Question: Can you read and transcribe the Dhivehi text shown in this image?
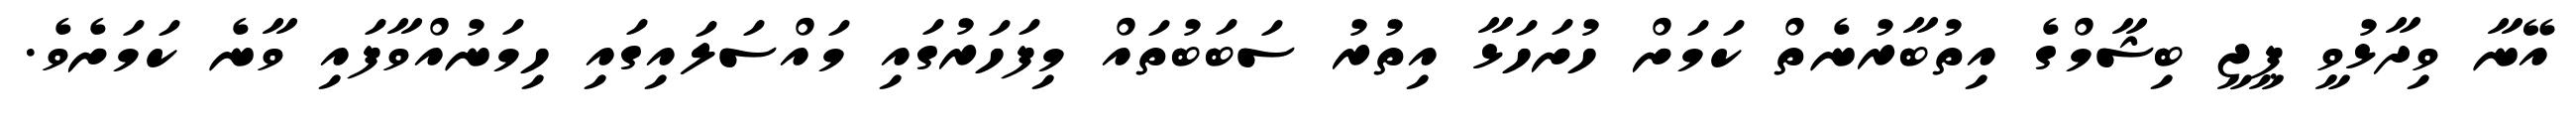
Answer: އޭނާ ވިދާޅުވީ ޕީޖީ ބިޝާމްގެ އިތުބާރުނެތް ކަމަށް ހުށަހަޅާ އިތުރު ސަބަބުތައް މިފަހަރުގައި މައްސަލައިގައި ހިމަނުއްވާފައި ވާނެ ކަމަށެވެ.